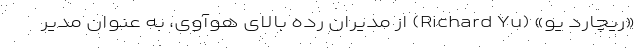
«ریچارد یو» (Richard Yu) از مدیران رده بالای هوآوی، به عنوان مدیر